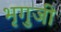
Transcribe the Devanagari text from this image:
भृगुजी